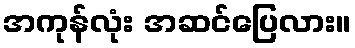
အကုန်လုံး အဆင်ပြေလား။